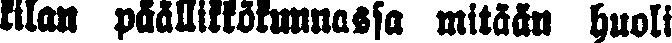
kilan päällikkökunnassa mitään huoli